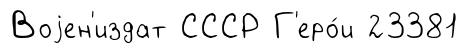
Воjен'издат СССР Г'еро́и 23381